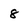
Character: 8